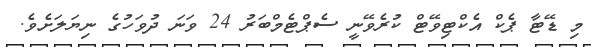
މި ޑޭޓާ ޕެކް އެކްޓިވޭޓް ކުރެވޭނީ ސެޕްޓެމްބަރު 24 ވަނަ ދުވަހުގެ ނިޔަލަށެވެ.